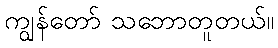
ကျွန်တော် သဘောတူတယ်။